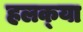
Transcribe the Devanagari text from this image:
हलक्‍या